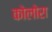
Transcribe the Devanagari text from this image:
कोलोरा